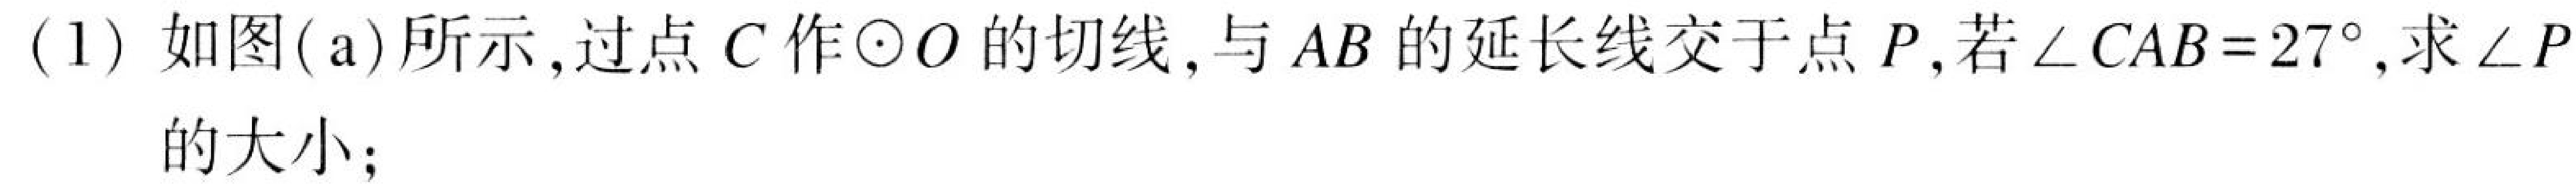
(1) 如图(a)所示,过点\(C\)作\(\odot O\)的切线,与\(AB\)的延长线交于点\(P\),若\(\angle CAB = 27^{\circ}\),求\(\angle P\)的大小;